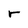
Character: r